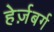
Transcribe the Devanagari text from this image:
हेर्ज़बर्ग